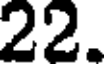
22.